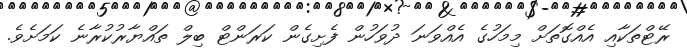
ރޭޓްތަކާއި އެއްގޮތަށް މިމަހުގެ އެއްވަނަ ދުވަހުން ފެށިގެން ކަރަންޓް ބިލް ތައްޔާރުކުރާނެ ކަމަށެވެ.